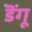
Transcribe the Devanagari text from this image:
डॆंगू